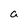
Character: a